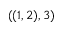
( ( 1 , 2 ) , 3 )